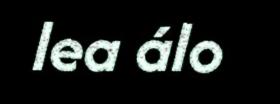
lea álo